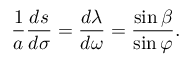
{ \frac { 1 } { a } } { \frac { d s } { d \sigma } } = { \frac { d \lambda } { d \omega } } = { \frac { \sin \beta } { \sin \varphi } } .